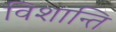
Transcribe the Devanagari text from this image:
विशान्ति